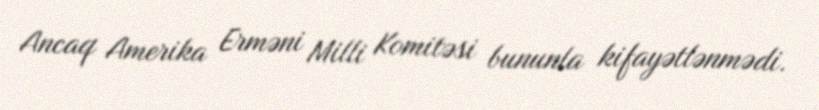
Ancaq Amerika Erməni Milli Komitəsi bununla kifayətlənmədi.